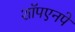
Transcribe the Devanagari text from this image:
शॉपएनपे